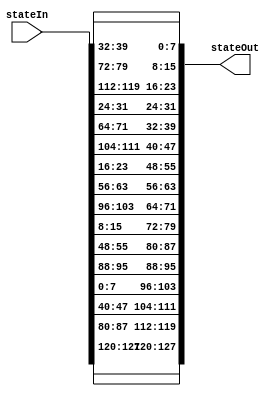
module ShiftRows(
stateIn,
stateOut
);

input wire[127:0] stateIn;
output wire[127:0] stateOut;



assign stateOut [127:120] = stateIn [127:120];
assign stateOut [95:88] = stateIn [95:88];
assign stateOut [63:56] = stateIn [63:56];
assign stateOut [31:24] = stateIn [31:24];

assign stateOut [119:112] = stateIn [87:80];
assign stateOut [87:80] = stateIn [55:48];
assign stateOut [55:48] = stateIn [23:16];
assign stateOut [23:16] = stateIn [119:112];

assign stateOut [111:104] = stateIn [47:40];
assign stateOut [79:72] =stateIn [15:8];
assign stateOut [47:40] = stateIn [111:104];
assign stateOut [15:8] = stateIn [79:72];

assign stateOut [103:96] = stateIn [7:0];
assign stateOut [71:64] = stateIn [103:96];
assign stateOut [39:32] = stateIn [71:64];
assign stateOut [7:0] = stateIn [39:32];

endmodule